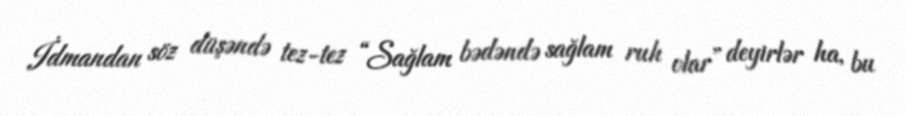
İdmandan söz düşəndə tez-tez “Sağlam bədəndə sağlam ruh olar” deyirlər ha, bu